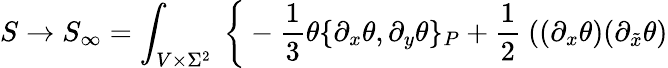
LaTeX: S\to S_{\infty}=\int_{V\times\Sigma^{2}}\ \bigg\{ -\frac{1}{3}\theta\{ \partial_{x}\theta,\partial_{y}\theta\} _{P}+\frac{1}{2}\ ((\partial_{x}\theta)(\partial_{\tilde{x}}\theta)